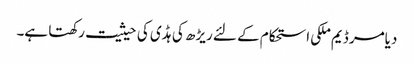
دیامر ڈیم ملکی استحکام کے لئے ریڑھ کی ہڈی کی حیثیت رکھتا ہے۔